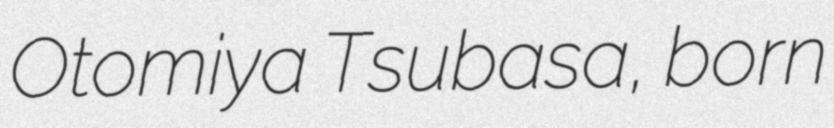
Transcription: Otomiya Tsubasa, born